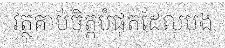
វត្ថុគាប់ចិត្តបំផុតដែលបង